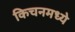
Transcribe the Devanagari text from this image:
किचनमध्ये